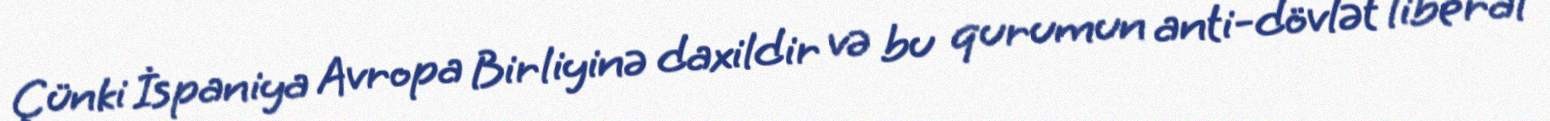
Çünki İspaniya Avropa Birliyinə daxildir və bu qurumun anti-dövlət liberal